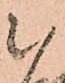
被